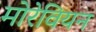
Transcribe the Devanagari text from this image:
मोरेवियन